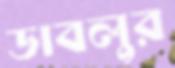
ডাবলুর